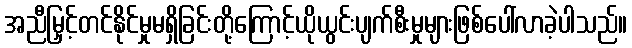
အညီမြှင့်တင်နိုင်မှုမရှိခြင်းတို့ကြောင့်ယိုယွင်းပျက်စီးမှုများဖြစ်ပေါ်လာခဲ့ပါသည်။